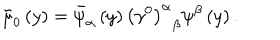
\tilde { \mu } _ { 0 } \left( y \right) = \bar { \psi } _ { \alpha } \left( y \right) \left( \gamma ^ { 0 } \right) _ { \; \; \beta } ^ { \alpha } \psi ^ { \beta } \left( y \right) .